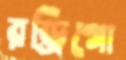
রড্রিগো